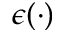
\epsilon ( \cdot )